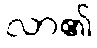
လာ၏